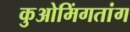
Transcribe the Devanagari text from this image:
कुओमिंगतांग